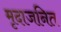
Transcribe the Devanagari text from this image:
मृदाजनित